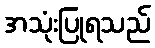
အသုံးပြုရသည်